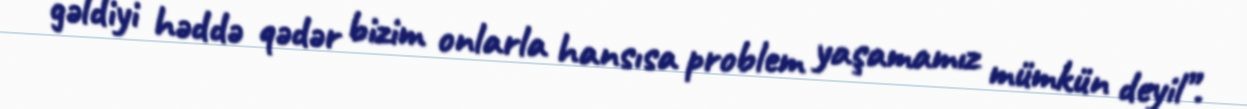
gəldiyi həddə qədər bizim onlarla hansısa problem yaşamamız mümkün deyil”.